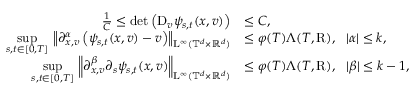
\begin{array} { r l } { \frac { 1 } { C } \leq \mathrm { d e t } \left( \mathrm { D } _ { v } \psi _ { s , t } ( x , v ) \right) } & { \leq C , } \\ { \underset { s , t \in [ 0 , T ] } { \operatorname* { s u p } } \, \left\Vert \partial _ { x , v } ^ { \alpha } \left( \psi _ { s , t } ( x , v ) - v \right) \right\Vert _ { \mathrm { L } ^ { \infty } ( \mathbb T ^ { d } \times \mathbb R ^ { d } ) } } & { \leq \varphi ( T ) \Lambda ( T , \mathrm { R } ) , \ \ \vert \alpha \vert \leq k , } \\ { \underset { s , t \in [ 0 , T ] } { \operatorname* { s u p } } \, \left\Vert \partial _ { x , v } ^ { \beta } \partial _ { s } \psi _ { s , t } ( x , v ) \right\Vert _ { \mathrm { L } ^ { \infty } ( \mathbb T ^ { d } \times \mathbb R ^ { d } ) } } & { \leq \varphi ( T ) \Lambda ( T , \mathrm { R } ) , \ \ \vert \beta \vert \leq k - 1 , } \end{array}